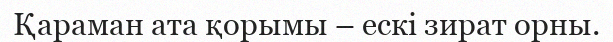
Қараман ата қорымы – ескі зират орны.